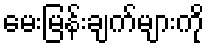
မေးမြန်းချက်များကို